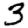
Digit: 3